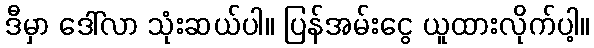
ဒီမှာ ဒေါ်လာ သုံးဆယ်ပါ။ ပြန်အမ်းငွေ ယူထားလိုက်ပါ့။